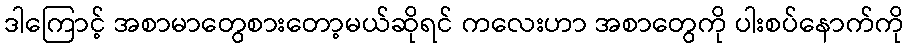
ဒါကြောင့် အစာမာတွေစားတော့မယ်ဆိုရင် ကလေးဟာ အစာတွေကို ပါးစပ်နောက်ကို